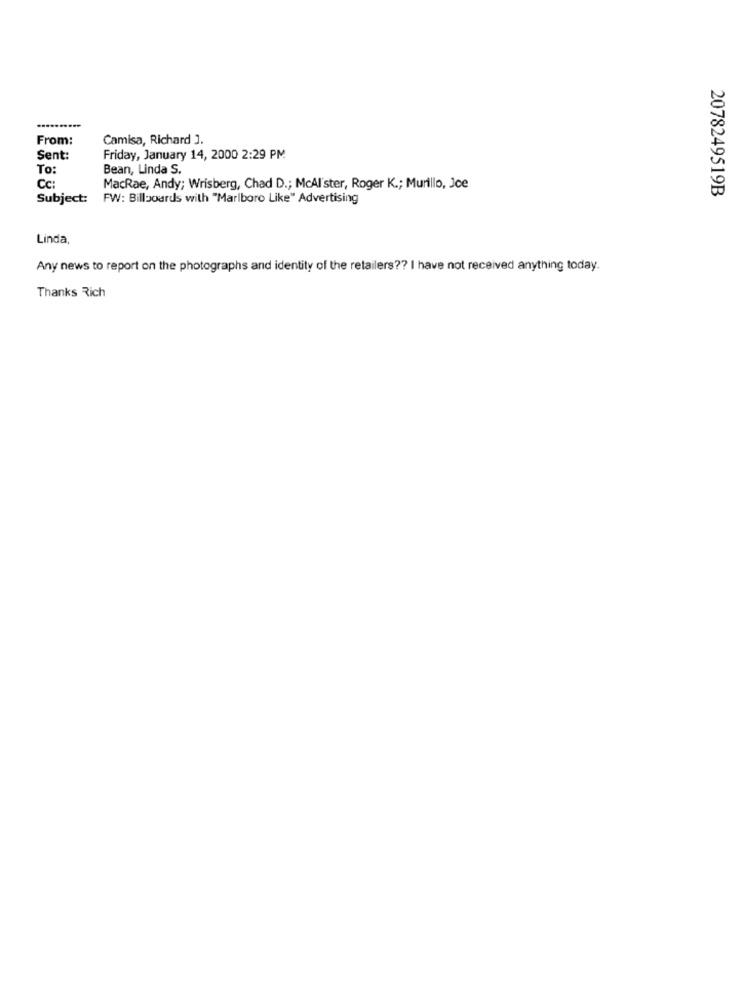
..........
From:
Camisa, Richard ].
Sent:
Friday, January 14, 2000 2:29 PM
To:
Bean, Linda S.
Cc:
MacRae, Andy; Wrisberg, Chad D .; McAlster, Roger K .; Murillo, Jce
2078249519B
Subject:
FW: Billboards with "Marlboro Like" Advertising
Linda
Any news to report on the photographs and identity of the retailers ?? I have not received anything today.
Thanks Rich